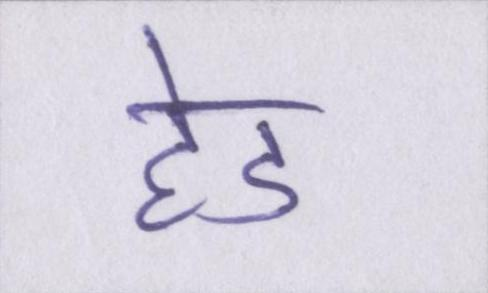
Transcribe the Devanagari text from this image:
हेड